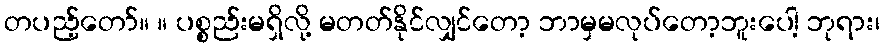
တပည့်တော်။ ။ ပစ္စည်းမရှိလို့ မတတ်နိုင်လျှင်တော့ ဘာမှမလုပ်တော့ဘူးပေါ့ ဘုရား၊